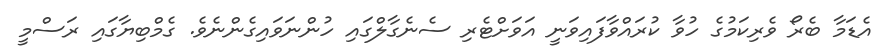
އެޑަމާ ބެރޯ ވެރިކަމުގެ ހުވާ ކުރައްވާފައިވަނީ އަވަށްޓެރި ސެނެގާލްގައި ހުންނަވައިގެންނެވެ. ގެމްބިޔާގައި ރަސްމީ